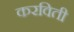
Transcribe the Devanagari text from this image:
करविती